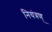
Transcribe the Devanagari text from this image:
नियंत्रण्‌